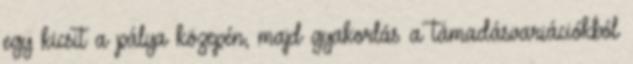
egy kicsit a pálya közepén, majd gyakorlás a támadásvariációkból